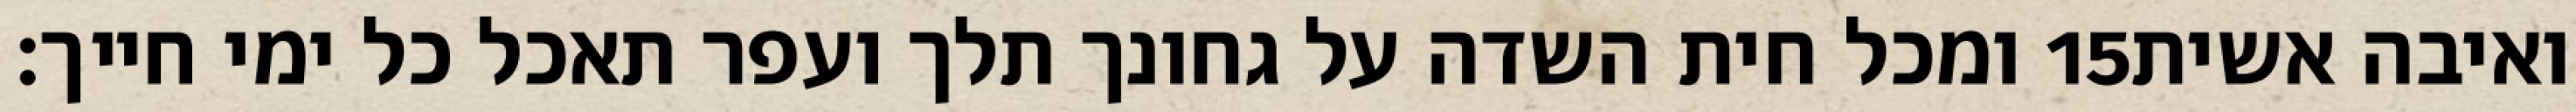
ומכל חית השדה על גחונך תלך ועפר תאכל כל ימי חייך׃ ‎15‏ ואיבה אשית